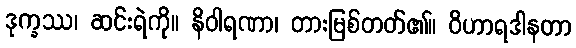
ဒုက္ခဿ၊ ဆင်းရဲကို။ နိဝါရဏာ၊ တားမြစ်တတ်၏။ ဝိဟာရဒါနတာ